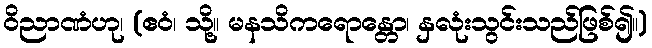
ဝိညာဏံဟု၊ (ဧဝံ၊ သို့။ မနသိကရောန္တော၊ နှလုံးသွင်းသည်ဖြစ်၍။)